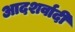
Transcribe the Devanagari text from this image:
आदशर्वादी